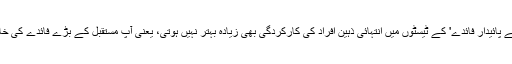
'ٹیمپورل ڈِسکاؤنٹنگ' یا وقتی کے بجائے پائیدار فائدے' کے ٹیسٹوں میں انتہائی ذہین افراد کی کارکردگی بھی زیادہ بہتر نہیں ہوتی، یعنی آپ مستقبل کے بڑے فائدے کی خاطر وقتی منافع کو چھوڑنا نہیں چاہتے۔